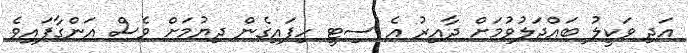
އަދި ވަކީލު ބައްދަލުވުމަށް ދާއިރު އެ ސިޓީ ހިފައިގެން ދިޔުމަށް ވެސް އަންގާފައިވެ